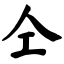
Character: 仝